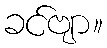
ခင်ဗျာ။